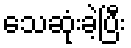
သေဆုံးခဲ့ပြီး